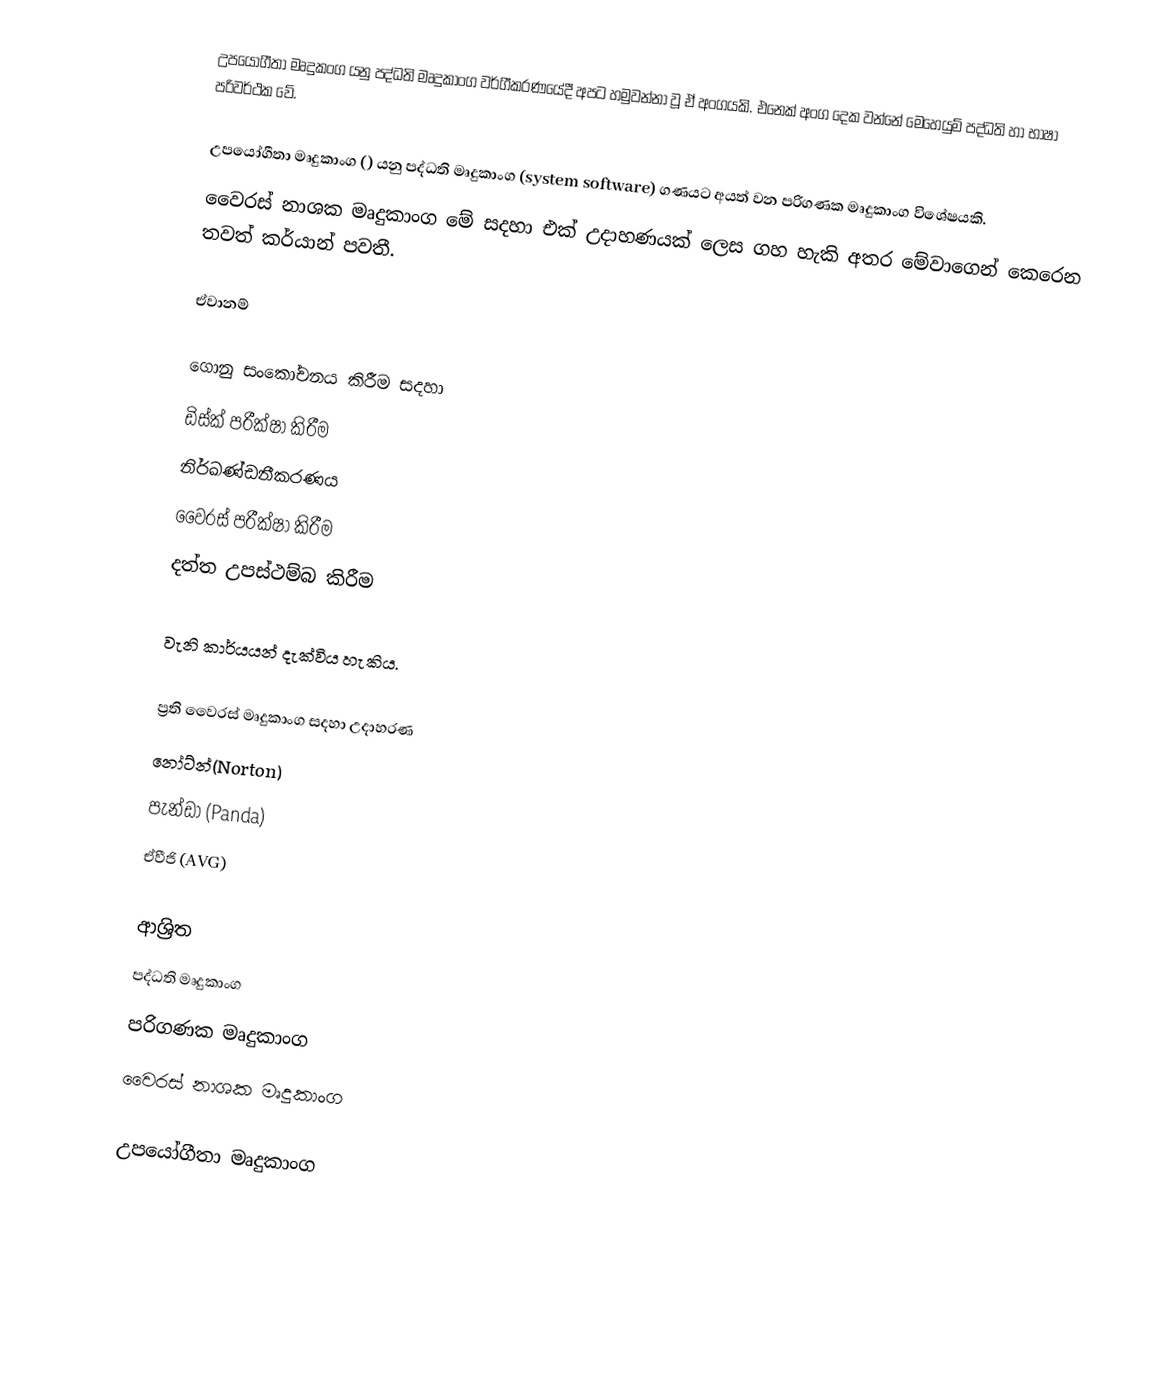
උපයෝගීතා මෘදුකංග යනු පද්ධති මෘදුකාංග වර්ගීකරණයේදී අපට හමුවන්නා වූ ඒ අංගයකි. එනෙක් අංග දෙක වන්නේ මෙහෙයුම් පද්ධති හා භාෂා පරිවර්ථක වේ.

උපයෝගීතා මෘදුකාංග () යනු පද්ධති මෘදුකාංග (system software) ගණයට අයත් වන පරිගණක මෘදුකාංග විශේෂයකි.
වෛරස් නාශක මෘදුකාංග මේ සදහා එක් උදාහණයක් ලෙස ගහ හැකි අතර මේවාගෙන් කෙරෙන තවත් කර්යාන් පවතී.

ඒවානම්

 ගොනු සංකෝචනය කිරීම සදහා
 ඩිස්ක් පරීක්ෂා කිරීම
 නිර්ඛණ්ඩනීකරණය
 වෛරස් පරීක්ෂා කිරීම
 දත්ත උපස්ථම්බ කිරීම

වැනි කාර්යයන් දැක්විය හැකිය.

ප්‍රති වෛරස් මෘදුකාංග සදහා උදාහරණ
   නෝට්න්(Norton)
   පැන්ඩා  (Panda)
   ඒවීජි     (AVG)

ආශ්‍රිත
 පද්ධති මෘදුකාංග
 පරිගණක මෘදුකාංග
 වෛරස් නාශක මෘදුකාංග

උපයෝගීතා මෘදුකාංග